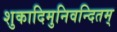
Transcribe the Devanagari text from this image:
शुकादिमुनिवन्दितम्